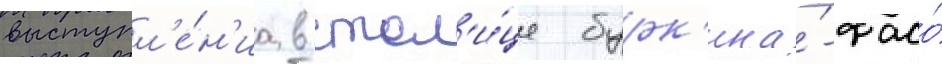
выступл'е́н'иа в стол'и́це бурк'ина́-фасо́